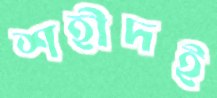
শহীদই